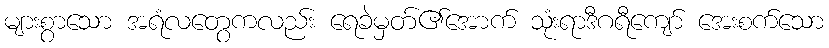
များစွာသော အရံလတွေကလည်း ရေခဲမှတ်၏အောက် သုံးရာဒီဂရီကျော် အေးစက်သော